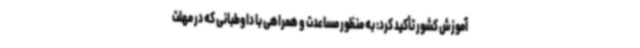
آموزش کشور تأکید کرد: به منظور مساعدت و همراهی با داوطبانی که در مهلت